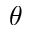
\boldsymbol { \theta }